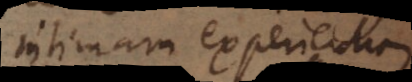
intimam experientiam